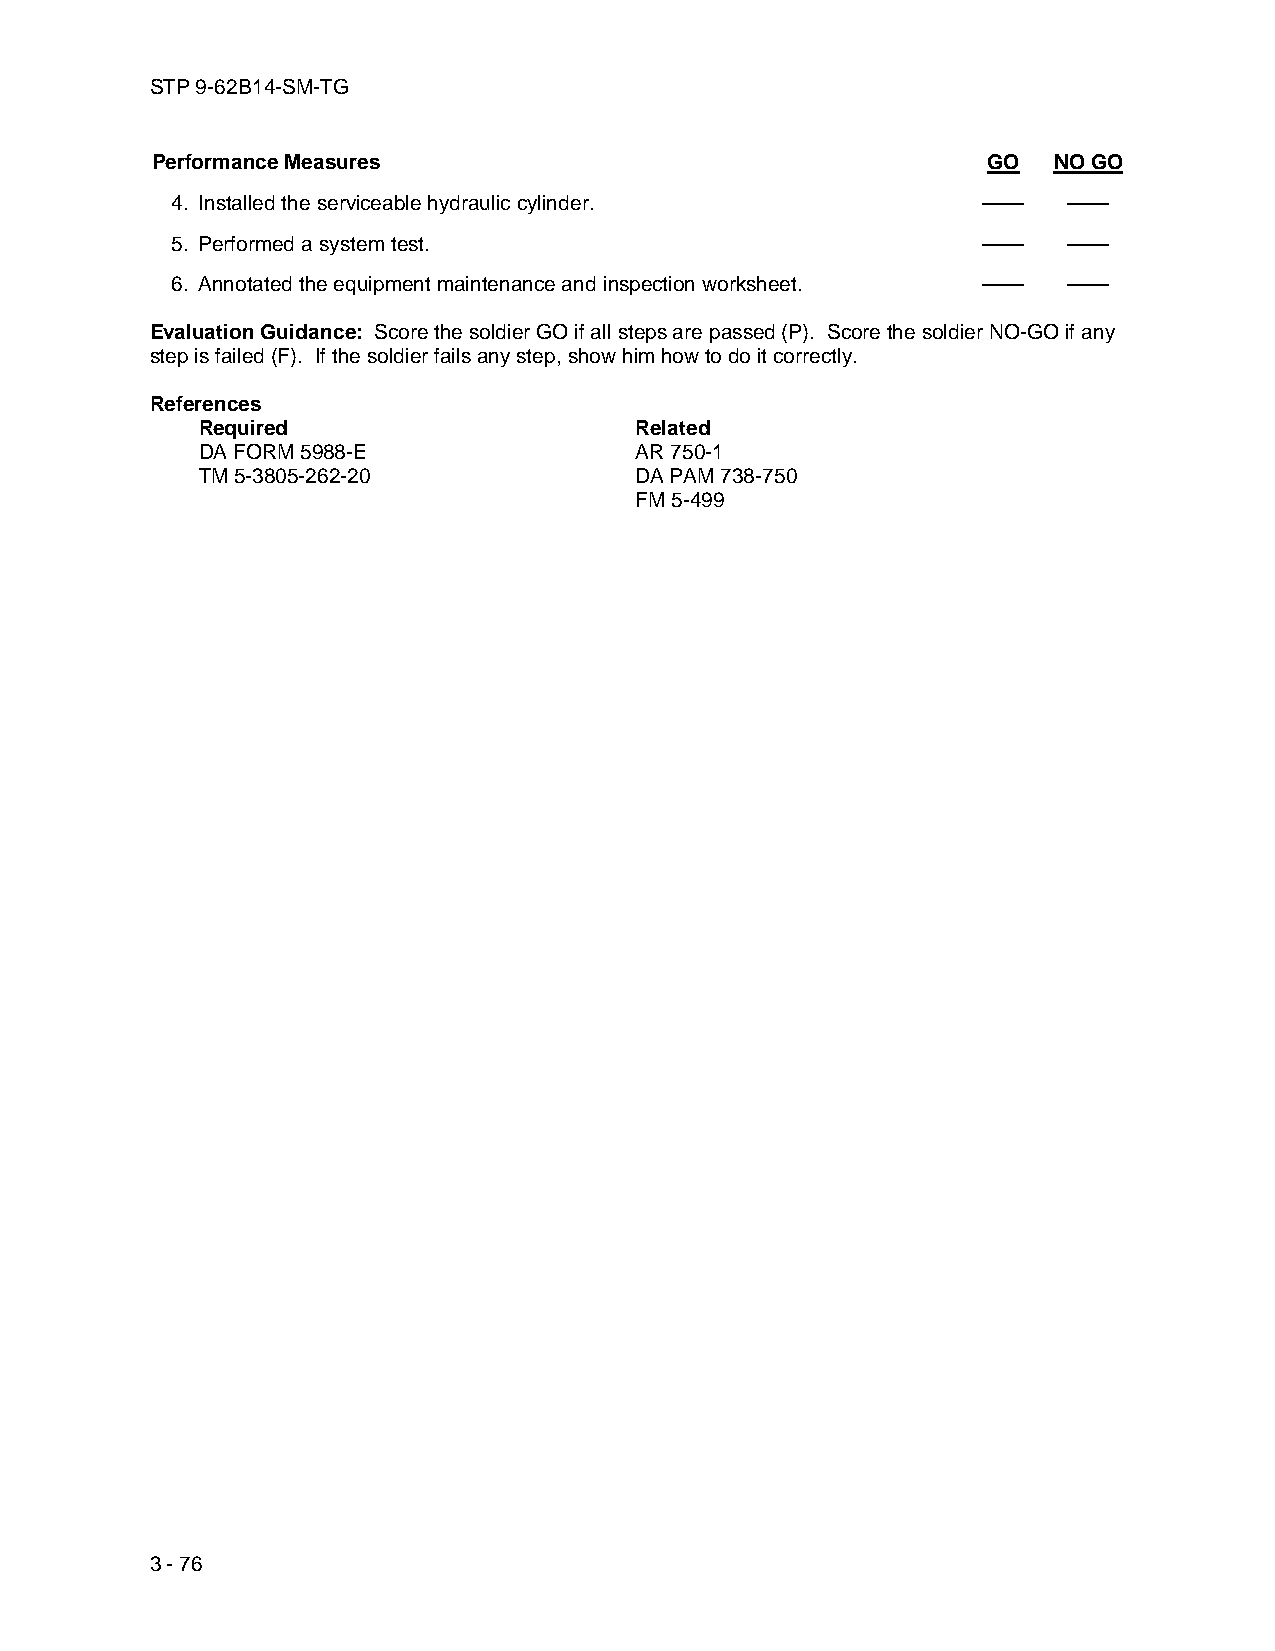
STP 9-62B14-SM-TG
 Performance Measures                                   GO   NO GO
 4. Installed the serviceable hydraulic cylinder.      ——    ——
 5. Performed a system test.                           ——    ——
 6. Annotated the equipment maintenance and inspection worksheet. —— ——
 Evaluation Guidance: Score the soldier GO if all steps are passed (P). Score the soldier NO-GO if any
 step is failed (F). If the soldier fails any step, show him how to do it correctly.
 References
 Required                     Related
 DA FORM 5988-E               AR 750-1
 TM 5-3805-262-20             DA PAM 738-750
 FM 5-499
 3 - 76